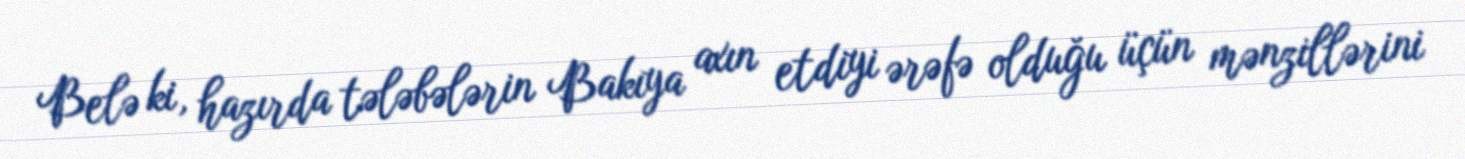
Belə ki, hazırda tələbələrin Bakıya axın etdiyi ərəfə olduğu üçün mənzillərini